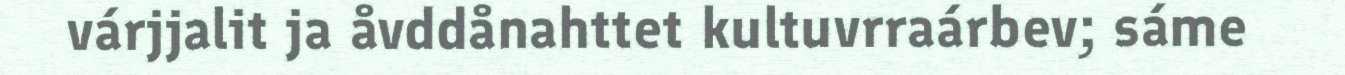
várjjalit ja åvddånahttet kultuvrraárbev; sáme